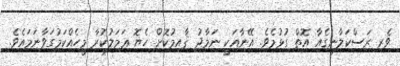
ވެރި ރަސްކަލާނގެއާ އޮތް ގުޅުމެވެ. އޭނާއަކީ ނަމާދު ޤާއިމުކޮށް ހެޔޮ ޢަމަލުކުރާ މީހެއްކަމުގަވާނަމައެވެ.